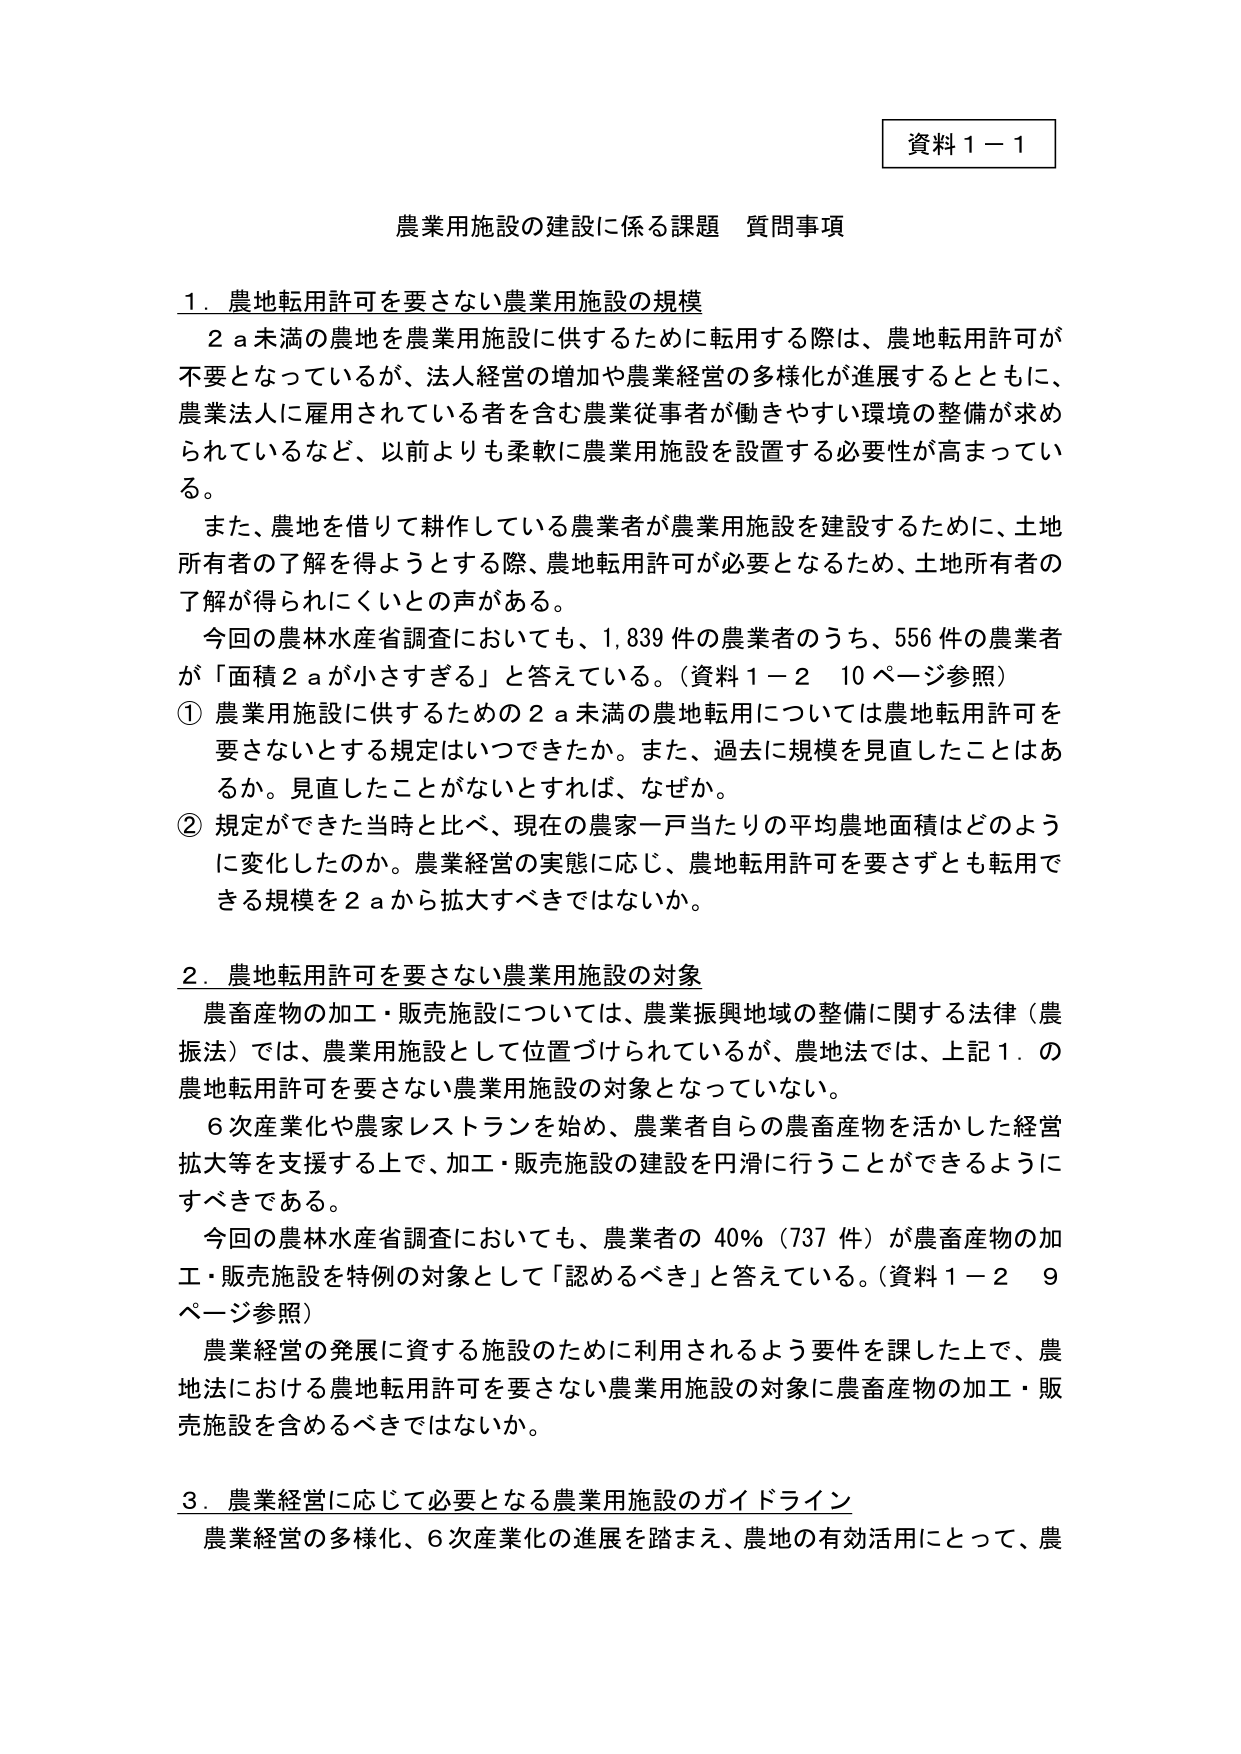
資料１－１

農業用施設の建設に係る課題 質問事項

１．農地転用許可を要さない農業用施設の規模

　２ａ未満の農地を農業用施設に供するために転用する際は、農地転用許可が不要となっているが、法人経営の増加や農業経営の多様化が進展するとともに、農業法人に雇用されている者を含む農業従事者が働きやすい環境の整備が求められているなど、以前よりも柔軟に農業用施設を設置する必要性が高まっている。

　また、農地を借りて耕作している農業者が農業用施設を建設するために、土地所有者の了解を得ようとする際、農地転用許可が必要となるため、土地所有者の了解が得られにくいとの声がある。

　今回の農林水産省調査においても、1,839件の農業者のうち、556件の農業者が「面積２ａが小さすぎる」と答えている。（資料１－２ 10ページ参照）

① 農業用施設に供するための２ａ未満の農地転用については農地転用許可を要さないとする規定はいつできたか。また、過去に規模を見直したことはあるか。見直したことがないとすれば、なぜか。

② 規定ができた当時と比べ、現在の農家一戸当たりの平均農地面積はどのように変化したのか。農業経営の実態に応じ、農地転用許可を要さずとも転用できる規模を２ａから拡大すべきではないか。

２．農地転用許可を要さない農業用施設の対象

　農畜産物の加工・販売施設については、農業振興地域の整備に関する法律（農振法）では、農業用施設として位置づけられているが、農地法では、上記１．の農地転用許可を要さない農業用施設の対象となっていない。

　６次産業化や農家レストランを始め、農業者自らの農畜産物を活かした経営拡大等を支援する上で、加工・販売施設の建設を円滑に行うことができるようにすべきである。

　今回の農林水産省調査においても、農業者の40％（737件）が農畜産物の加工・販売施設を特例の対象として「認めるべき」と答えている。（資料１－２ 9ページ参照）

　農業経営の発展に資する施設のために利用されるよう要件を課した上で、農地法における農地転用許可を要さない農業用施設の対象に農畜産物の加工・販売施設を含めるべきではないか。

３．農業経営に応じて必要となる農業用施設のガイドライン

　農業経営の多様化、６次産業化の進展を踏まえ、農地の有効活用にとって、農